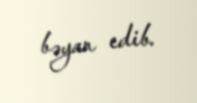
bəyan edib.